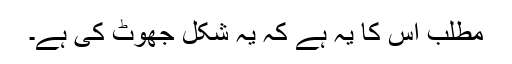
مطلب اس کا یہ ہے کہ یہ شکل جھوٹ کی ہے۔